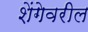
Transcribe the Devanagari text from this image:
शेंगेवरील